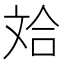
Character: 𪯤